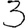
Digit: 3